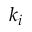
k _ { i }